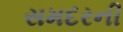
સમદરની